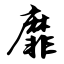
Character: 靡